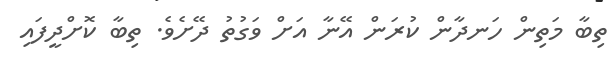
ތިބާ މަތިން ހަނދާން ކުރަން އޭނާ އަށް ވަގުތު ދޭށެވެ. ތިބާ ކޮށްދީފައި